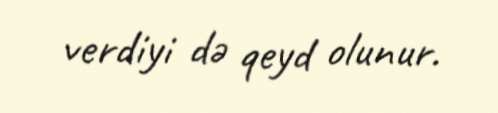
verdiyi də qeyd olunur.